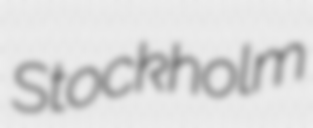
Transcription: Stockholm